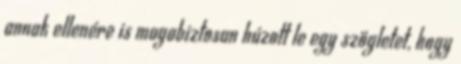
annak ellenére is magabiztosan húzott le egy szögletet, hogy